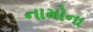
નામોના